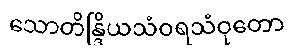
သောတိန္ဒြိယသံဝရသံဝုတော